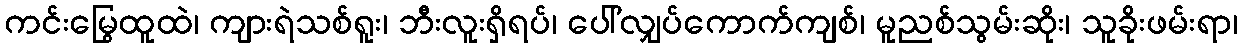
ကင်းမြွေထူထဲ၊ ကျားရဲသစ်ရူး၊ ဘီးလူးရှိရပ်၊ ပေါ်လျှပ်ကောက်ကျစ်၊ မူညစ်သွမ်းဆိုး၊ သူခိုးဖမ်းရာ၊